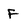
Character: F